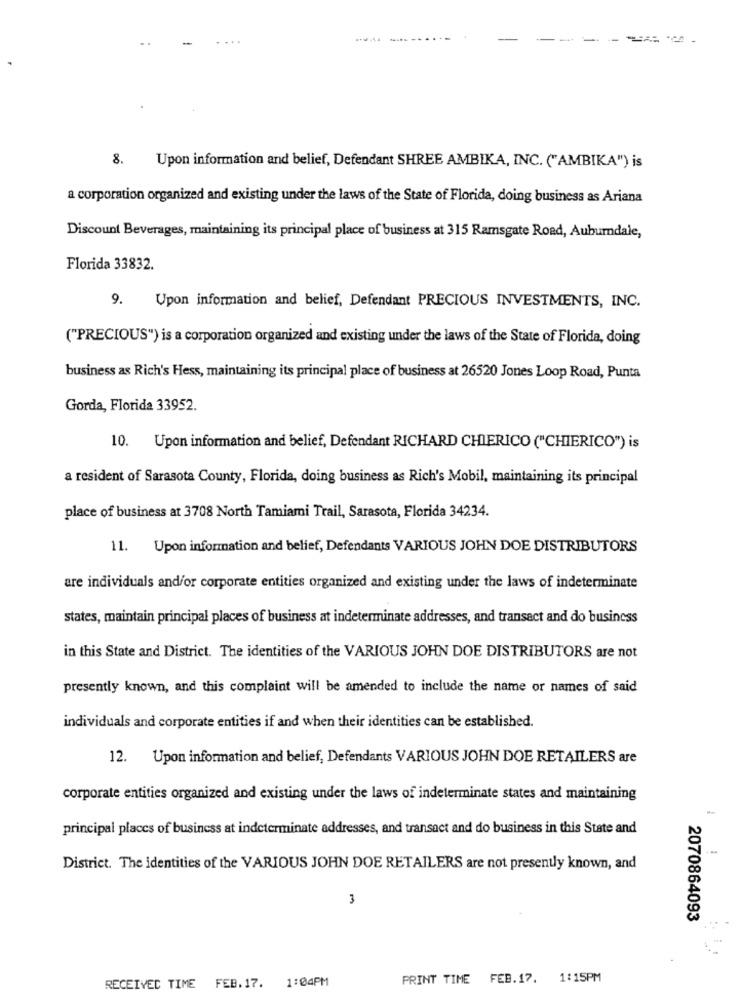
8.
Upon information and belief, Defendant SHREE AMBIKA, INC. ("AMBIKA") is
a corporation organized and existing under the laws of the State of Florida, doing business as Ariana
Discount Beverages, maintaining its principal place of business at 315 Ramsgate Road, Auburndale,
Florida 33832.
9.
Upon information and belief, Defendant PRECIOUS INVESTMENTS, INC.
("PRECIOUS") is a corporation organized and existing under the laws of the State of Florida, doing
business as Rich's Hess, maintaining its principal place of business at 26520 Jones Loop Road, Punta
Gorda, Florida 33952.
10. Upon information and belief, Defendant RICHARD CHIERICO ("CHIERICO") is
a resident of Sarasota County, Florida, doing business as Rich's Mobil, maintaining its principal
place of business at 3708 North Tamiami Trail, Sarasota, Florida 34234.
11. Upon information and belief, Defendants VARIOUS JOHN DOE DISTRIBUTORS
are individuals and/or corporate entities organized and existing under the laws of indeterminate
states, maintain principal places of business at indeterminate addresses, and transact and do business
in this State and District. The identities of the VARIOUS JOHN DOE DISTRIBUTORS are not
presently known, and this complaint will be amended to include the name or names of said
individuals and corporate entities if and when their identities can be established.
12. Upon information and belief, Defendants VARIOUS JOHN DOE RETAILERS are
corporate entities organized and existing under the laws of indeterminate states and maintaining
--
principal places of business at indeterminate addresses, and transact and do business in this State and
District. The identities of the VARIOUS JOHN DOE RETAILERS are not presently known, and
3
2070864093
1:04PM
PRINT TIME FEB.17. 1:15PM
RECEIVED TIME FEB.17.